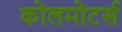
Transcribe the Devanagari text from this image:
कोलमोटर्स